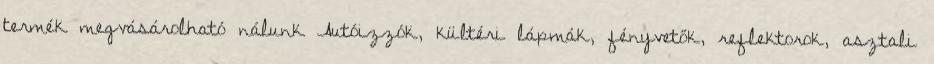
termék megvásárolható nálunk Autóizzók, kültéri lápmák, fényvetők, reflektorok, asztali